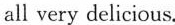
all very delicious.